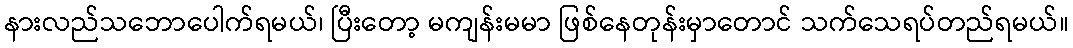
နားလည်သဘောပေါက်ရမယ်၊ ပြီးတော့ မကျန်းမမာ ဖြစ်နေတုန်းမှာတောင် သက်သေရပ်တည်ရမယ်။